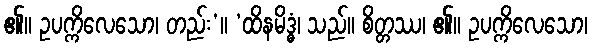
၏။ ဥပက္ကိလေသော၊ တည်း’။ ‘ထိနမိဒ္ဓံ၊ သည်။ စိတ္တဿ၊ ၏။ ဥပက္ကိလေသော၊